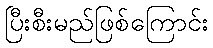
ပြီးစီးမည်ဖြစ်ကြောင်း